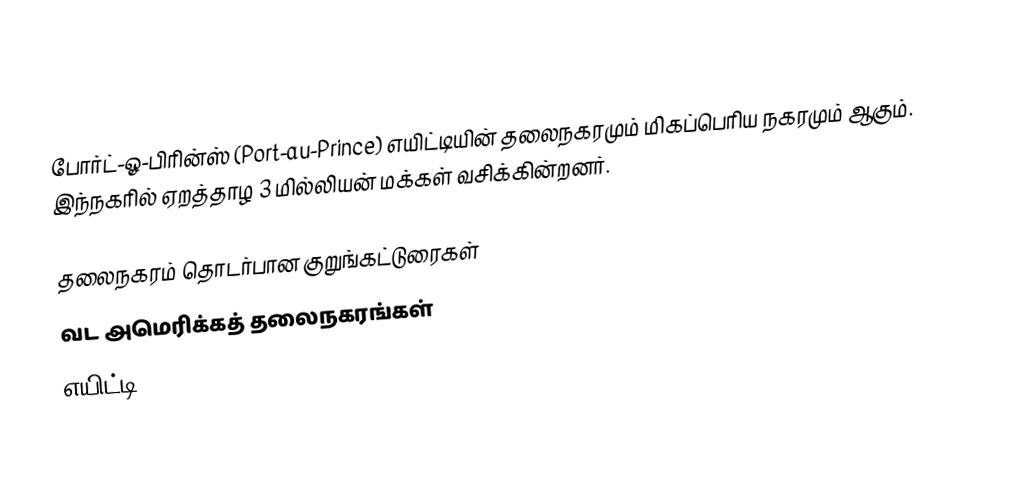
போர்ட்-ஓ-பிரின்ஸ் (Port-au-Prince) எயிட்டியின் தலைநகரமும் மிகப்பெரிய நகரமும் ஆகும். இந்நகரில் ஏறத்தாழ 3 மில்லியன் மக்கள் வசிக்கின்றனர்.

தலைநகரம் தொடர்பான குறுங்கட்டுரைகள்
வட அமெரிக்கத் தலைநகரங்கள்
எயிட்டி